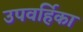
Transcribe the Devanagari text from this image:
उपवर्हिका